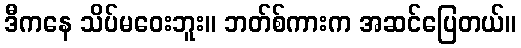
ဒီကနေ သိပ်မဝေးဘူး။ ဘတ်စ်ကားက အဆင်ပြေတယ်။